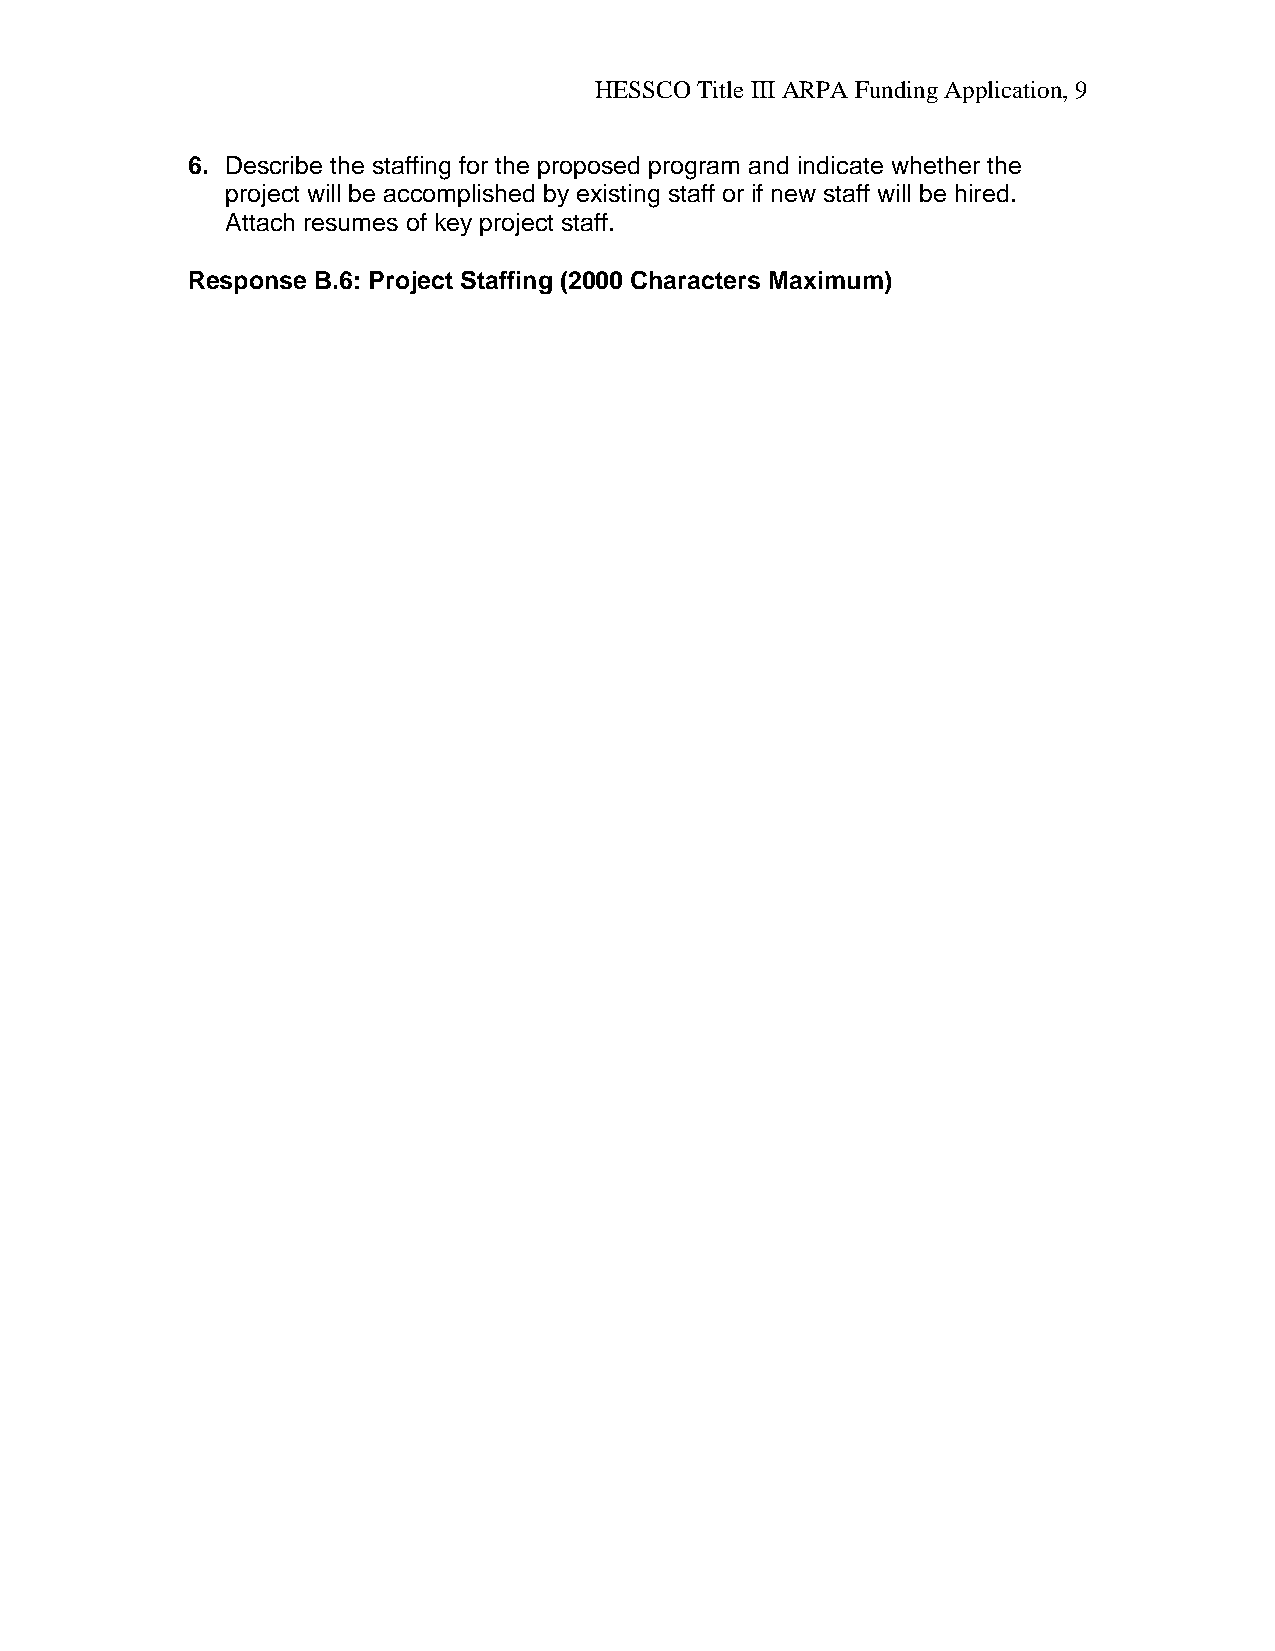
HESSCO Title III ARPA Funding Application, 9
 6. Describe the staffing for the proposed program and indicate whether the
 project will be accomplished by existing staff or if new staff will be hired.
 Attach resumes of key project staff.
 Response B.6: Project Staffing (2000 Characters Maximum)